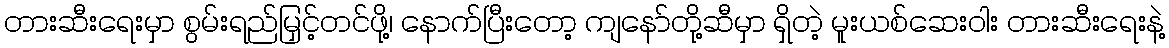
တားဆီးရေးမှာ စွမ်းရည်မြှင့်တင်ဖို့၊ နောက်ပြီးတော့ ကျနော်တို့ဆီမှာ ရှိတဲ့ မူးယစ်ဆေးဝါး တားဆီးရေးနဲ့